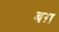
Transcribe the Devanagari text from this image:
बग़